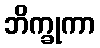
ဘိက္ခုကာ